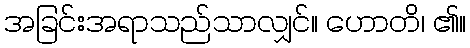
အခြင်းအရာသည်သာလျှင်။ ဟောတိ၊ ၏။